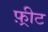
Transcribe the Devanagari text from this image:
फ़्रीट